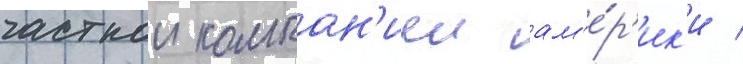
частнои компан'иеи ам'е́р'ик'и /